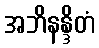
အဘိနန္ဒိတံ